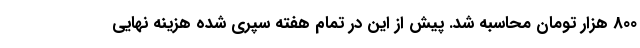
800 هزار تومان محاسبه شد. پیش از این در تمام هفته سپری شده هزینه نهایی